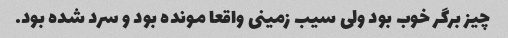
چیز برگر‌ خوب بود ولی سیب زمینی واقعا مونده بود و سرد شده بود.